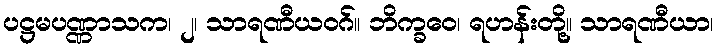
ပဋ္ဌမပဏ္ဏာသက၊ ၂၊ သာရဏီယဝဂ်။ ဘိက္ခဝေ၊ ရဟန်းတို့။ သာရဏီယာ၊